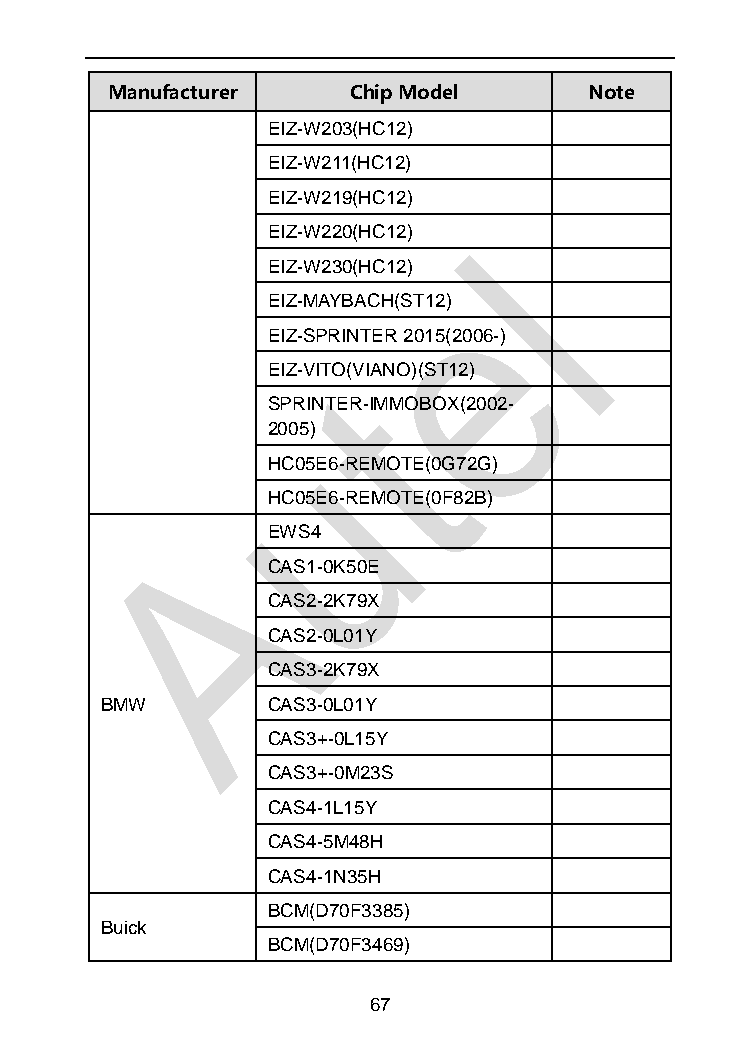
Manufacturer    Chip Model      Note
 EIZ-W203(HC12)
 EIZ-W211(HC12)
 EIZ-W219(HC12)
 EIZ-W220(HC12)
 EIZ-W230(HC12)
 EIZ-MAYBACH(ST12)
 EIZ-SPRINTER 2015(2006-)
 EIZ-VITO(VIANO)(ST12)
 SPRINTER-IMMOBOX(2002-
 2005)
 HC05E6-REMOTE(0G72G)
 HC05E6-REMOTE(0F82B)
 EWS4
 CAS1-0K50E
 CAS2-2K79X
 CAS2-0L01Y
 CAS3-2K79X
 BMW        CAS3-0L01Y
 CAS3+-0L15Y
 CAS3+-0M23S
 CAS4-1L15Y
 CAS4-5M48H
 CAS4-1N35H
 BCM(D70F3385)
 Buick
 BCM(D70F3469)
 67